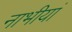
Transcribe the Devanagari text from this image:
नाभीयां